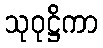
သုဝုဋ္ဌိကာ